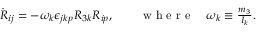
\begin{array} { r } { \dot { R } _ { i j } = - \omega _ { k } \epsilon _ { j k p } R _ { 3 k } R _ { i p } , \qquad \mathrm { ~ w ~ h ~ e ~ r ~ e ~ } \quad \omega _ { k } \equiv \frac { m _ { 3 } } { I _ { k } } . } \end{array}